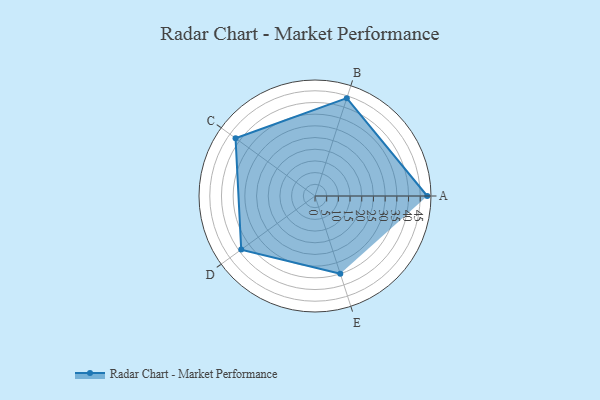
{"axis": {"x": "Skill", "y": "Score"}, "legend": ["Profile"], "data": [{"x": "A", "y": 48.0, "type": "Profile"}, {"x": "B", "y": 44.0, "type": "Profile"}, {"x": "C", "y": 42.0, "type": "Profile"}, {"x": "D", "y": 39.0, "type": "Profile"}, {"x": "E", "y": 35.0, "type": "Profile"}]}